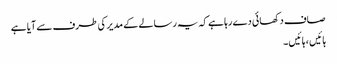
صاف دکھائی دے رہا ہے کہ یہ رسالے کے مدیر کی طرف سے آیا ہے
ہائیں ، ہائیں ۔